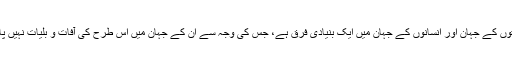
سؤال کے دوسرے حصے کا جواب یہ ہے کہ فرشتوں کے جہان اور انسانوں کے جہان میں ایک بنیادی فرق ہے، جس کی وجہ سے ان کے جہان میں اس طرح کی آفات و بلیات نہیں پائی جاتیں، لیکن ہمارے جہان میں وجود رکھتی ہیں۔